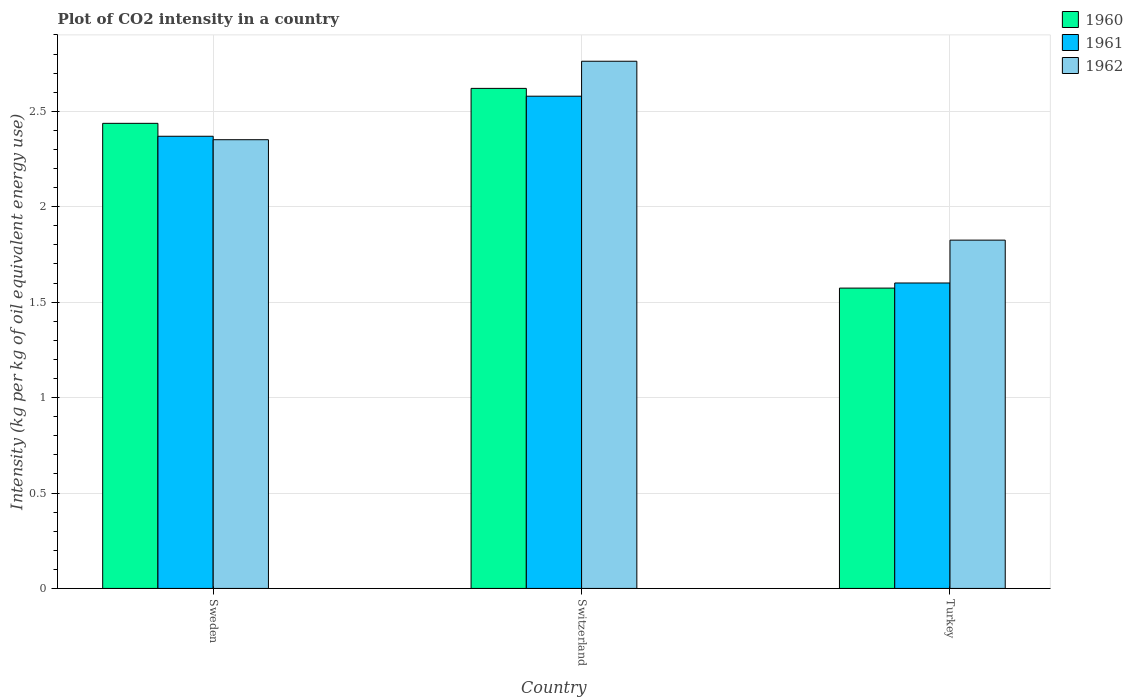
| Country | 1960 | 1961 | 1962 |
 | --- | --- | --- | --- |
 | Sweden | 2.44 | 2.37 | 2.35 |
 | Switzerland | 2.62 | 2.58 | 2.76 |
 | Turkey | 1.57 | 1.6 | 1.82 |